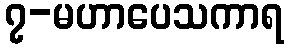
၇-မဟာပေသကာရ